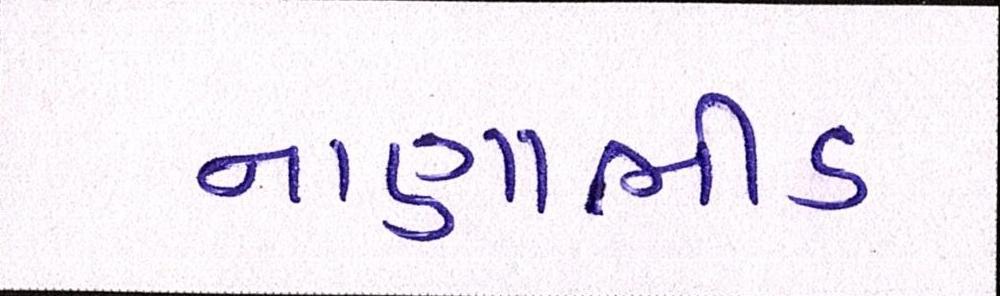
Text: નાણાભીડ